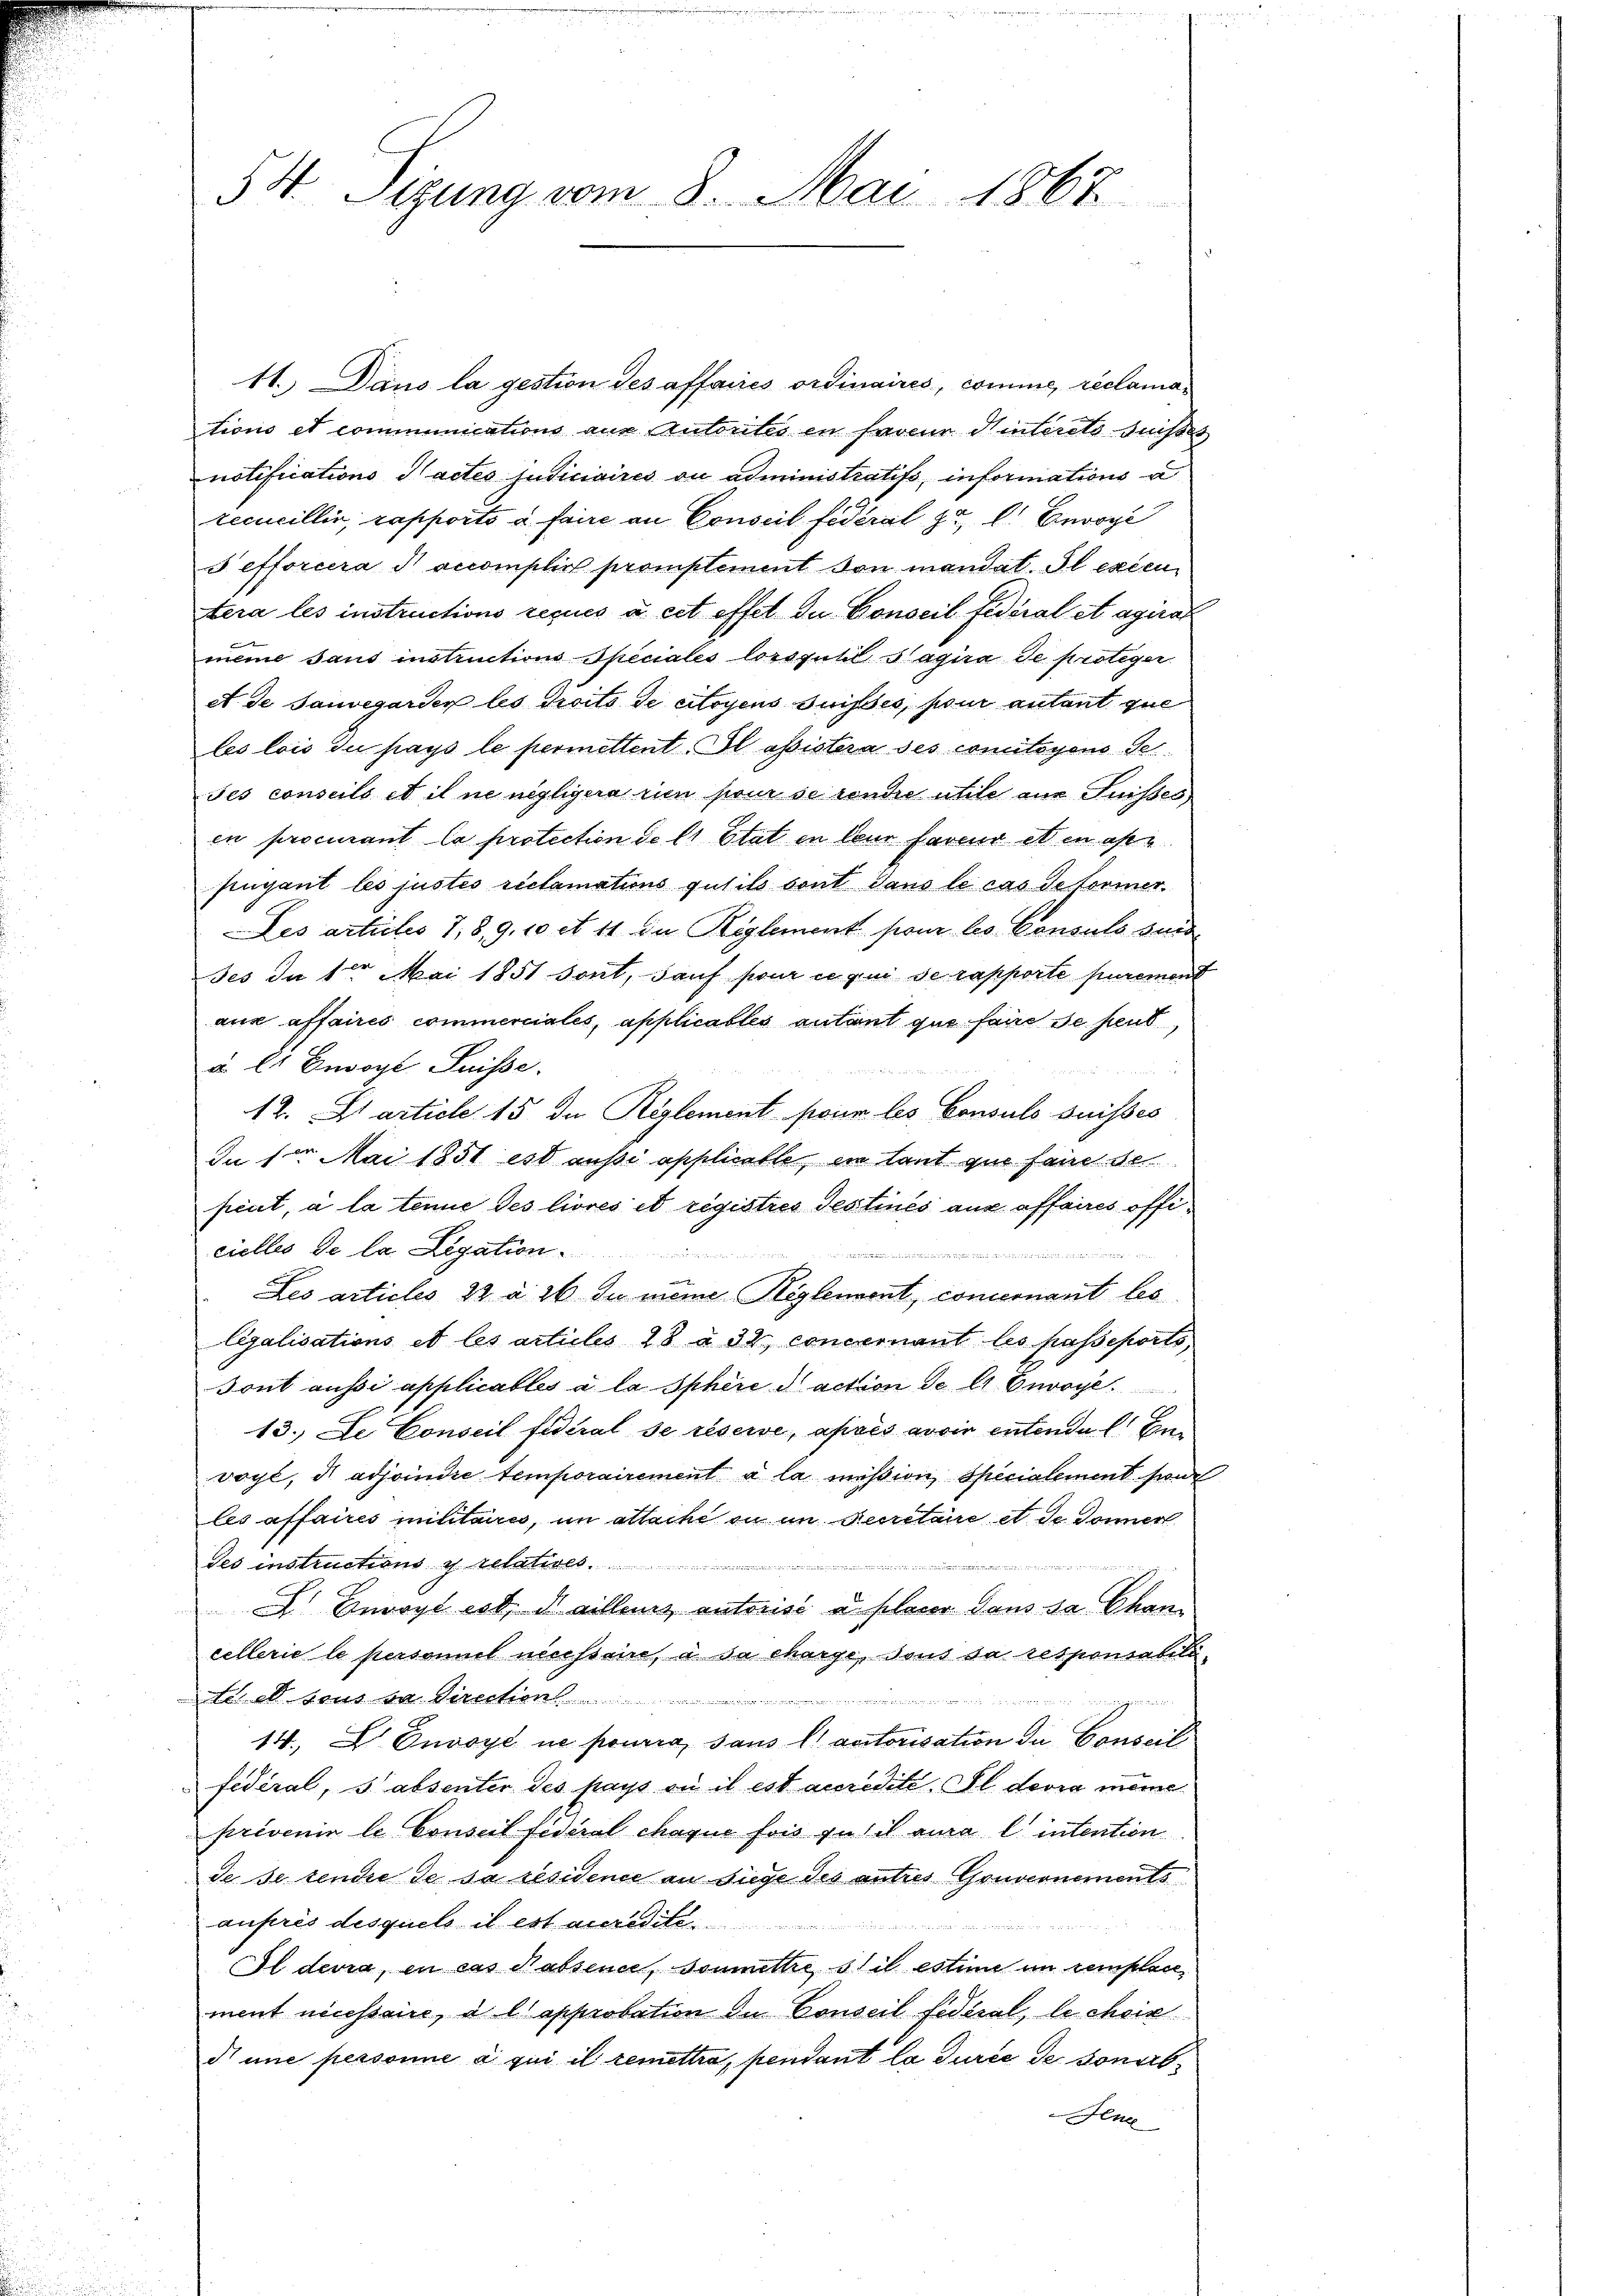
54 Sizung vom 8. Mai 1867

11. Dans la gestion des affaires ordinaires, comme, réclamations et communications aus Autorités en faveur Hinterste Suisses
notifications actes judiciaires ou administratifs, informations a
recueillin, rapporto à faire an Conseil fidéral zu l. Envoyé
e efforcera accomplich prompliment von mandat. Il excen
tera les instructions reçues à cet effel du Conseil fédéral et agirat
meine sans instructions Speciales lorsquel Sagira de proteger
et de Souvegarden les droits de citoyens Suisses, pour autant zue
les lois die pays le permittent. Il assistera des comitoyens de
Jes conseils et il ne negligia rien pour se rendre utile aus Fusses
en procurant la protection de 11 Etat in Cour faveur et en an
fugant les justes reclamations gutils sont dans le cas detorier.
Les articles 7,8,9,10 et 11 in Reglement pour les Consuls suis
des da der Mai 1851 sont, sauf pour ce qui de rapporte purement
aus affaires commerciales, applicables autant que faire se peut,
à l. Bevogl Suisse.
12. Starticle 15 die Reglement pour les Consuls suisses
In 1r Mai 1851 est aussi applicable, in laut zur sein de
peut, à la tenue des livrés et registres Testinés aus affaires officielles de la Legation.
.
 aner
i

Les articles 22 à 26. Du meine Reglement, concernant les
legalisations et les articles 28 à 32. concernant les passeports
Tont aussi applicables à la Sphäre action de l Envoye
13.) De Conseil fédéral se réserve, après avoir entende l. En
vogt, di adjoindre temporairement à la mission, Specialement sonde
les affaires militaires, im allache ou in Secretaire et de Donner
ses instructions y relatives.
n
 Envogt est, daillenz autorisé à placer dans sa Chan
cellerie le personnel necessaire, à sa charge, sous sa responsabiliose. Direchen
14. D Envoyé ne pourra, sans l’autorisation de Conseil
fidéral, 3 absenter des pays ou il est accredite. Il devra meine
privenir le Conseil fidéral chaque fois zu sit aura l’ intention
de se tende de sa résidence an Siege des antres Gouvernements
auprès desquels il est accredite

Il devra, en cas Habsence, soumettre, stil estime im remplace
ment necessaire, à l approbation in Conseil fédéral, le chein
di une personne à qui il remettra, pendant la durée de sonarb
Hene